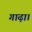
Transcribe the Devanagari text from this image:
गाढ़ा।